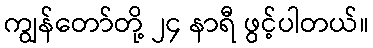
ကျွန်တော်တို့ ၂၄ နာရီ ဖွင့်ပါတယ်။